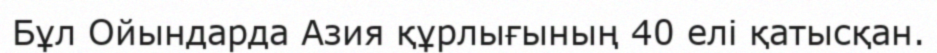
Бұл Ойындарда Азия құрлығының 40 елі қатысқан.